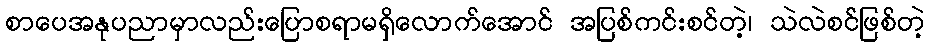
စာပေအနုပညာမှာလည်းပြောစရာမရှိလောက်အောင် အပြစ်ကင်းစင်တဲ့၊ သဲလဲစင်ဖြစ်တဲ့